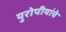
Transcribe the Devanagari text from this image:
युरोपीयांचे